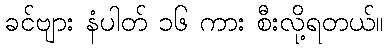
ခင်ဗျား နံပါတ် ၁၆ ကား စီးလို့ရတယ်။